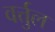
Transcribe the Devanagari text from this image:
वर्त्तुल